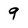
Character: 9